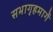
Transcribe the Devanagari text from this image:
सभागृहमार्गे